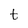
Character: t